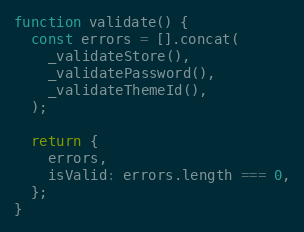
Language: JavaScript
function validate() {
  const errors = [].concat(
    _validateStore(),
    _validatePassword(),
    _validateThemeId(),
  );

  return {
    errors,
    isValid: errors.length === 0,
  };
}